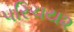
પરિચય૨